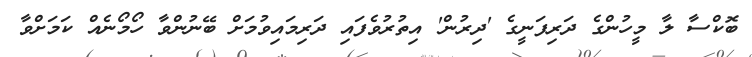
ބޮކްސާ ލާ މީހުންގެ ދަރިފަނީގެ 'ދިރުން' އިތުރުވެފައި ދަރިމައިވުމަށް ބޭނުންވާ ހޯމޯނެއް ކަމަށްވާ